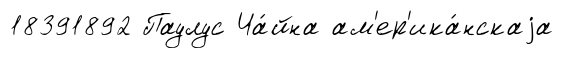
18391892 Паулус Ча́йна ам'ер'ика́нскаjа